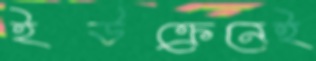
ইউক্রেনেই